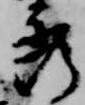
秀